Report on vaccination in Madras 1922-1929 - 1922-1929
Year: 1922
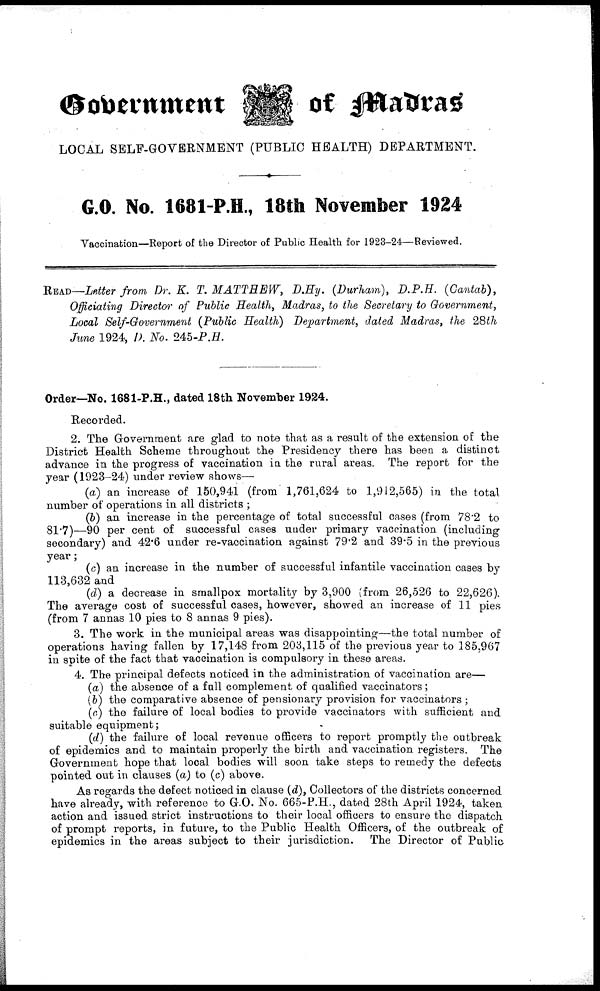
Government
of Madras
LOCAL SELF-GOVERNMENT (PUBLIC HEALTH) DEPARTMENT.
G.O. No. 1681-P.H., 18th November 1924
Vaccination—Report of the Director of Public Health for 1923-24—Reviewed.
READ—Letter from Dr. K. T. MATTHEW, D.Hy. (Durham), D.P.H. (Cantab),
Officiating Director of Public Health, Madras, to the Secretary to Government,
Local Self-Government (Public Health) Department, dated Madras, the 28th
June 1924, D. No. 245-P.H.
Order—No. 1681-P.H., dated 18th November 1924.
Recorded.
2. The Government are glad to note that as a result of the extension of the
District Health Scheme throughout the Presidency there has been a distinct
advance in the progress of vaccination in the rural areas. The report for the
year (1923-24) under review shows—
(a) an increase of 150,941 (from 1,761,624 to 1,912,565) in the total
number of operations in all districts ;
(b) an increase in the percentage of total successful cases (from 78.2 to
81.7)—90 per cent of successful cases under primary vaccination (including
secondary) and 42.6 under re-vaccination against 79.2 and 39.5 in the previous
year;
(c) an increase in the number of successful infantile vaccination cases by
113,632 and
(d) a decrease in smallpox mortality by 3,900 (from 26,526 to 22,626).
The average cost of successful cases, however, showed an increase of 11 pies
(from 7 annas 10 pies to 8 annas 9 pies).
3. The work in the municipal areas was disappointing—the total number of
operations having fallen by 17,148 from 203,115 of the previous year to 185,967
in spite of the fact that vaccination is compulsory in these areas.
4. The principal defects noticed in the administration of vaccination are—
(a) the absence of a full complement of qualified vaccinators;
(b) the comparative absence of pensionary provision for vaccinators ;
(c) the failure of local bodies to provide vaccinators with sufficient and
suitable equipment;
(d) the failure of local revenue officers to report promptly the outbreak
of epidemics and to maintain properly the birth and vaccination registers. The
Government hope that local bodies will soon take steps to remedy the defects
pointed out in clauses (a) to (c) above.
As regards the defect noticed in clause (d), Collectors of the districts concerned
have already, with reference to G.O. No. 665-P.H., dated 28th April 1924, taken
action and issued strict instructions to their local officers to ensure the dispatch
of prompt reports, in future, to the Public Health Officers, of the outbreak of
epidemics in the areas subject to their jurisdiction. The Director of Public